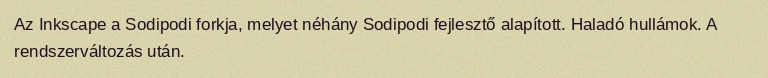
Az Inkscape a Sodipodi forkja, melyet néhány Sodipodi fejlesztő alapított. Haladó hullámok. A rendszerváltozás után.